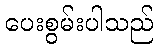
ပေးစွမ်းပါသည်